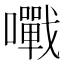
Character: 𡃹